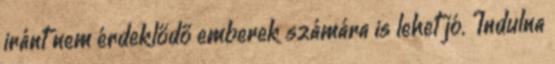
iránt nem érdeklődő emberek számára is lehet jó. Indulna